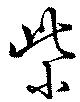
紫